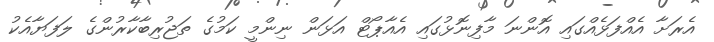
އެރަށާ އެއްފަޅެއްގައި އޮންނަ މާފިނޮޅުގައި އެއާޕޯޓް އަޅަން ނިންމީ ކަމުގެ ތަޖުރިބާކާރުންގެ ލަފަޔާއެކު